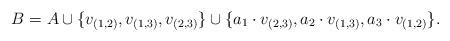
LaTeX: \begin{align*}B = A \cup \{ v_{(1,2)}, v_{(1,3)}, v_{(2,3)} \} \cup \{ a_1 \cdot v_{(2,3)}, a_2 \cdot v_{(1,3)}, a_3 \cdot v_{(1,2)}\}.\end{align*}